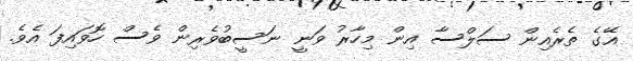
އޭގެ ތެރެއިން ސަލްސާ އިން މިހާރު ވަނީ ނަސީބުވެރިން ވެސް ހޮވައިފަ އެވެ.